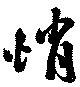
悄